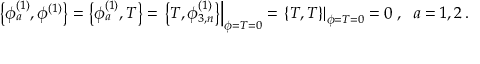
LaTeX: \left\{ \phi _ { a } ^ { ( 1 ) } , \phi ^ { ( 1 ) } \right\} = \left\{ \phi _ { a } ^ { ( 1 ) } , T \right\} = \left. \left\{ T , \phi _ { 3 , n } ^ { ( 1 ) } \right\} \right| _ { \phi = T = 0 } = \left. \left\{ T , T \right\} \right| _ { \phi = T = 0 } = 0 \; , \; \; a = 1 , 2 \, .